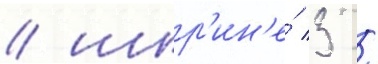
/ шир'ин'е́ 3 /